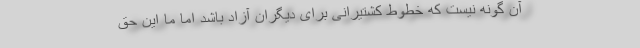
آن گونه نیست که خطوط کشتیرانی برای دیگران آزاد باشد اما ما این حق